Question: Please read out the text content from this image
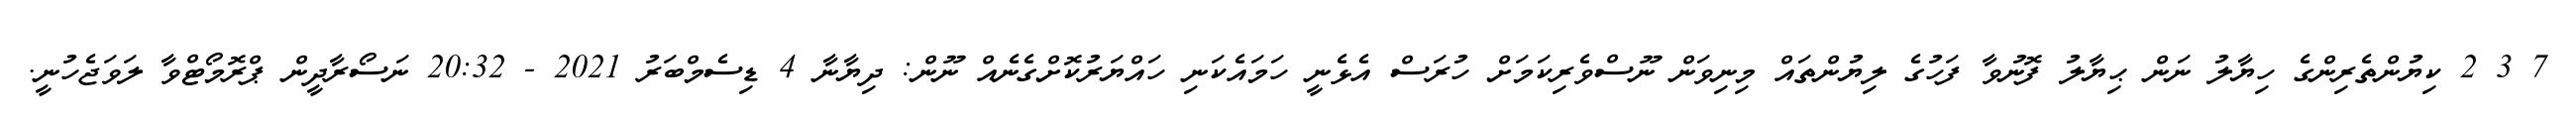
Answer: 7 3 2 ކިޔުންތެރިންގެ ހިޔާލު ނަން ޙިޔާލު ފޮނުވާ ފަހުގެ ލިޔުންތައް މިނިވަން ނޫސްވެރިކަމަށް ހުރަސް އެޅެނީ ހަމައެކަނި ހައްޔަރުކޮށްގެނެއް ނޫން: ދިޔާނާ 4 ޑިސެމްބަރު 2021 - 20:32 ނަސޯރާދީން ޕްރޮމޯޓްވާ ލަވަޖެހުނީ.